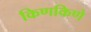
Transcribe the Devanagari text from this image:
किणकिणे